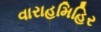
વારાહમિહિર